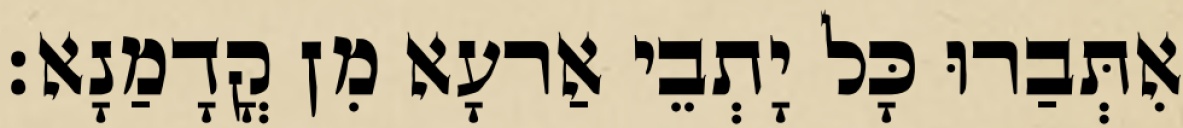
אִתְּבַרוּ כָּל יָתְבֵי אַרעָא מִן קֳדָמַנָא׃